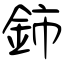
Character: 鈰